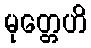
မုတ္တေဟိ